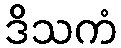
ဒိသကံ